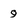
Character: 9